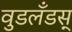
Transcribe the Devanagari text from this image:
वुडलँडस्